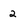
Character: 2